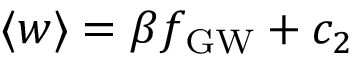
\ensuremath { \langle w \rangle } = \beta \ensuremath { f _ { \mathrm { G W } } } + c _ { 2 }